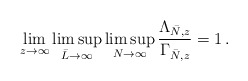
\begin{align*}\lim_{z\to \infty}\limsup_{\bar L\to \infty} \limsup_{N\to \infty} \frac{\Lambda_{\bar N, z}}{\Gamma_{\bar N, z}} = 1\,.\end{align*}